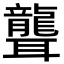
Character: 聾